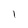
Character: 1